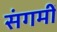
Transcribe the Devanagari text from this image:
संगमीं